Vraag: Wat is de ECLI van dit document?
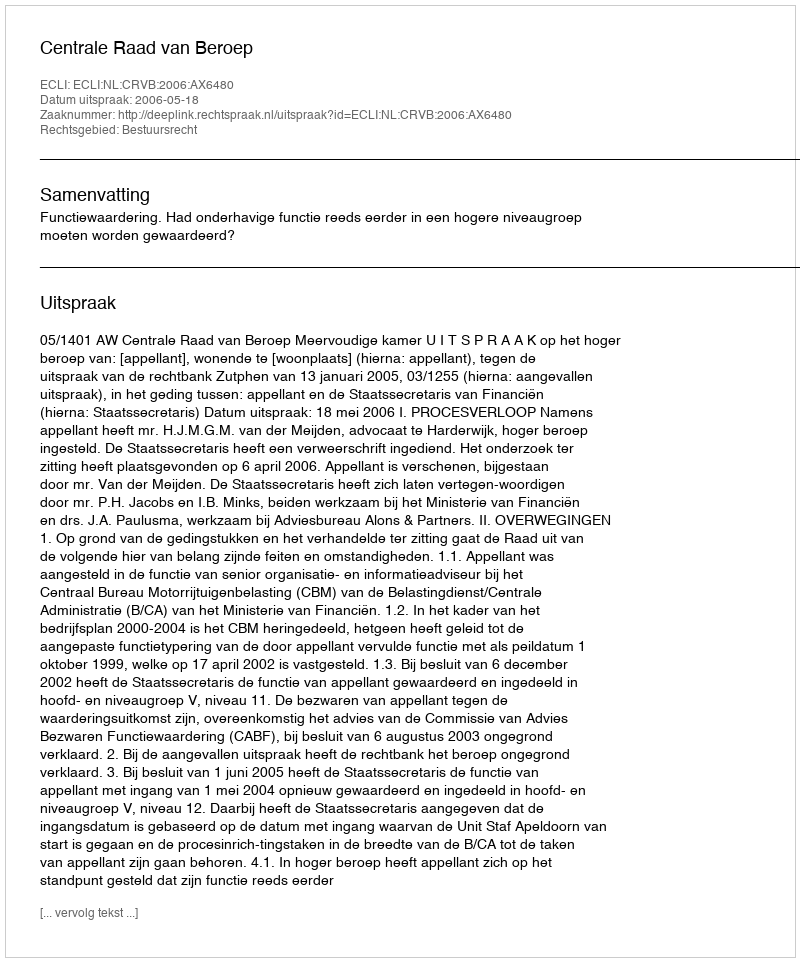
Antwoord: ECLI:NL:CRVB:2006:AX6480